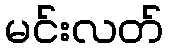
မင်းလတ်